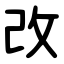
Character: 改